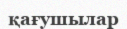
қағушылар